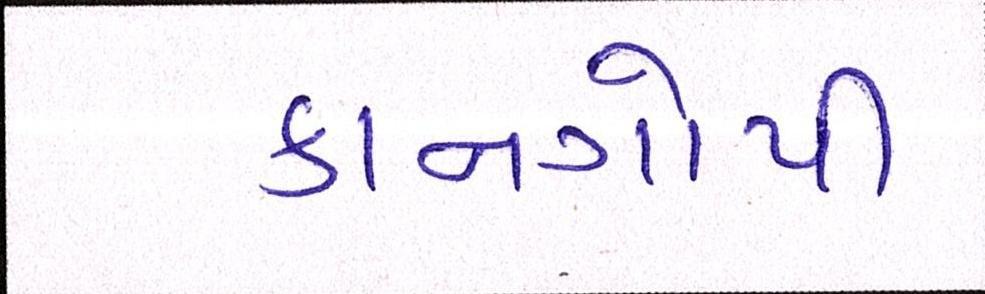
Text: કાનગોપી